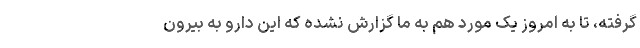
گرفته، تا به امروز یک مورد هم به ما گزارش نشده که این دارو به بیرون